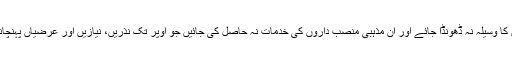
جب تک کہ پاک روحوں کا وسیلہ نہ ڈھونڈا جائے اور ان مذہبی منصب داروں کی خدمات نہ حاصل کی جائیں جو اوپر تک نذریں، نیازیں اور عرضیاں پہنچانے کے ڈھب جانتے ہیں۔